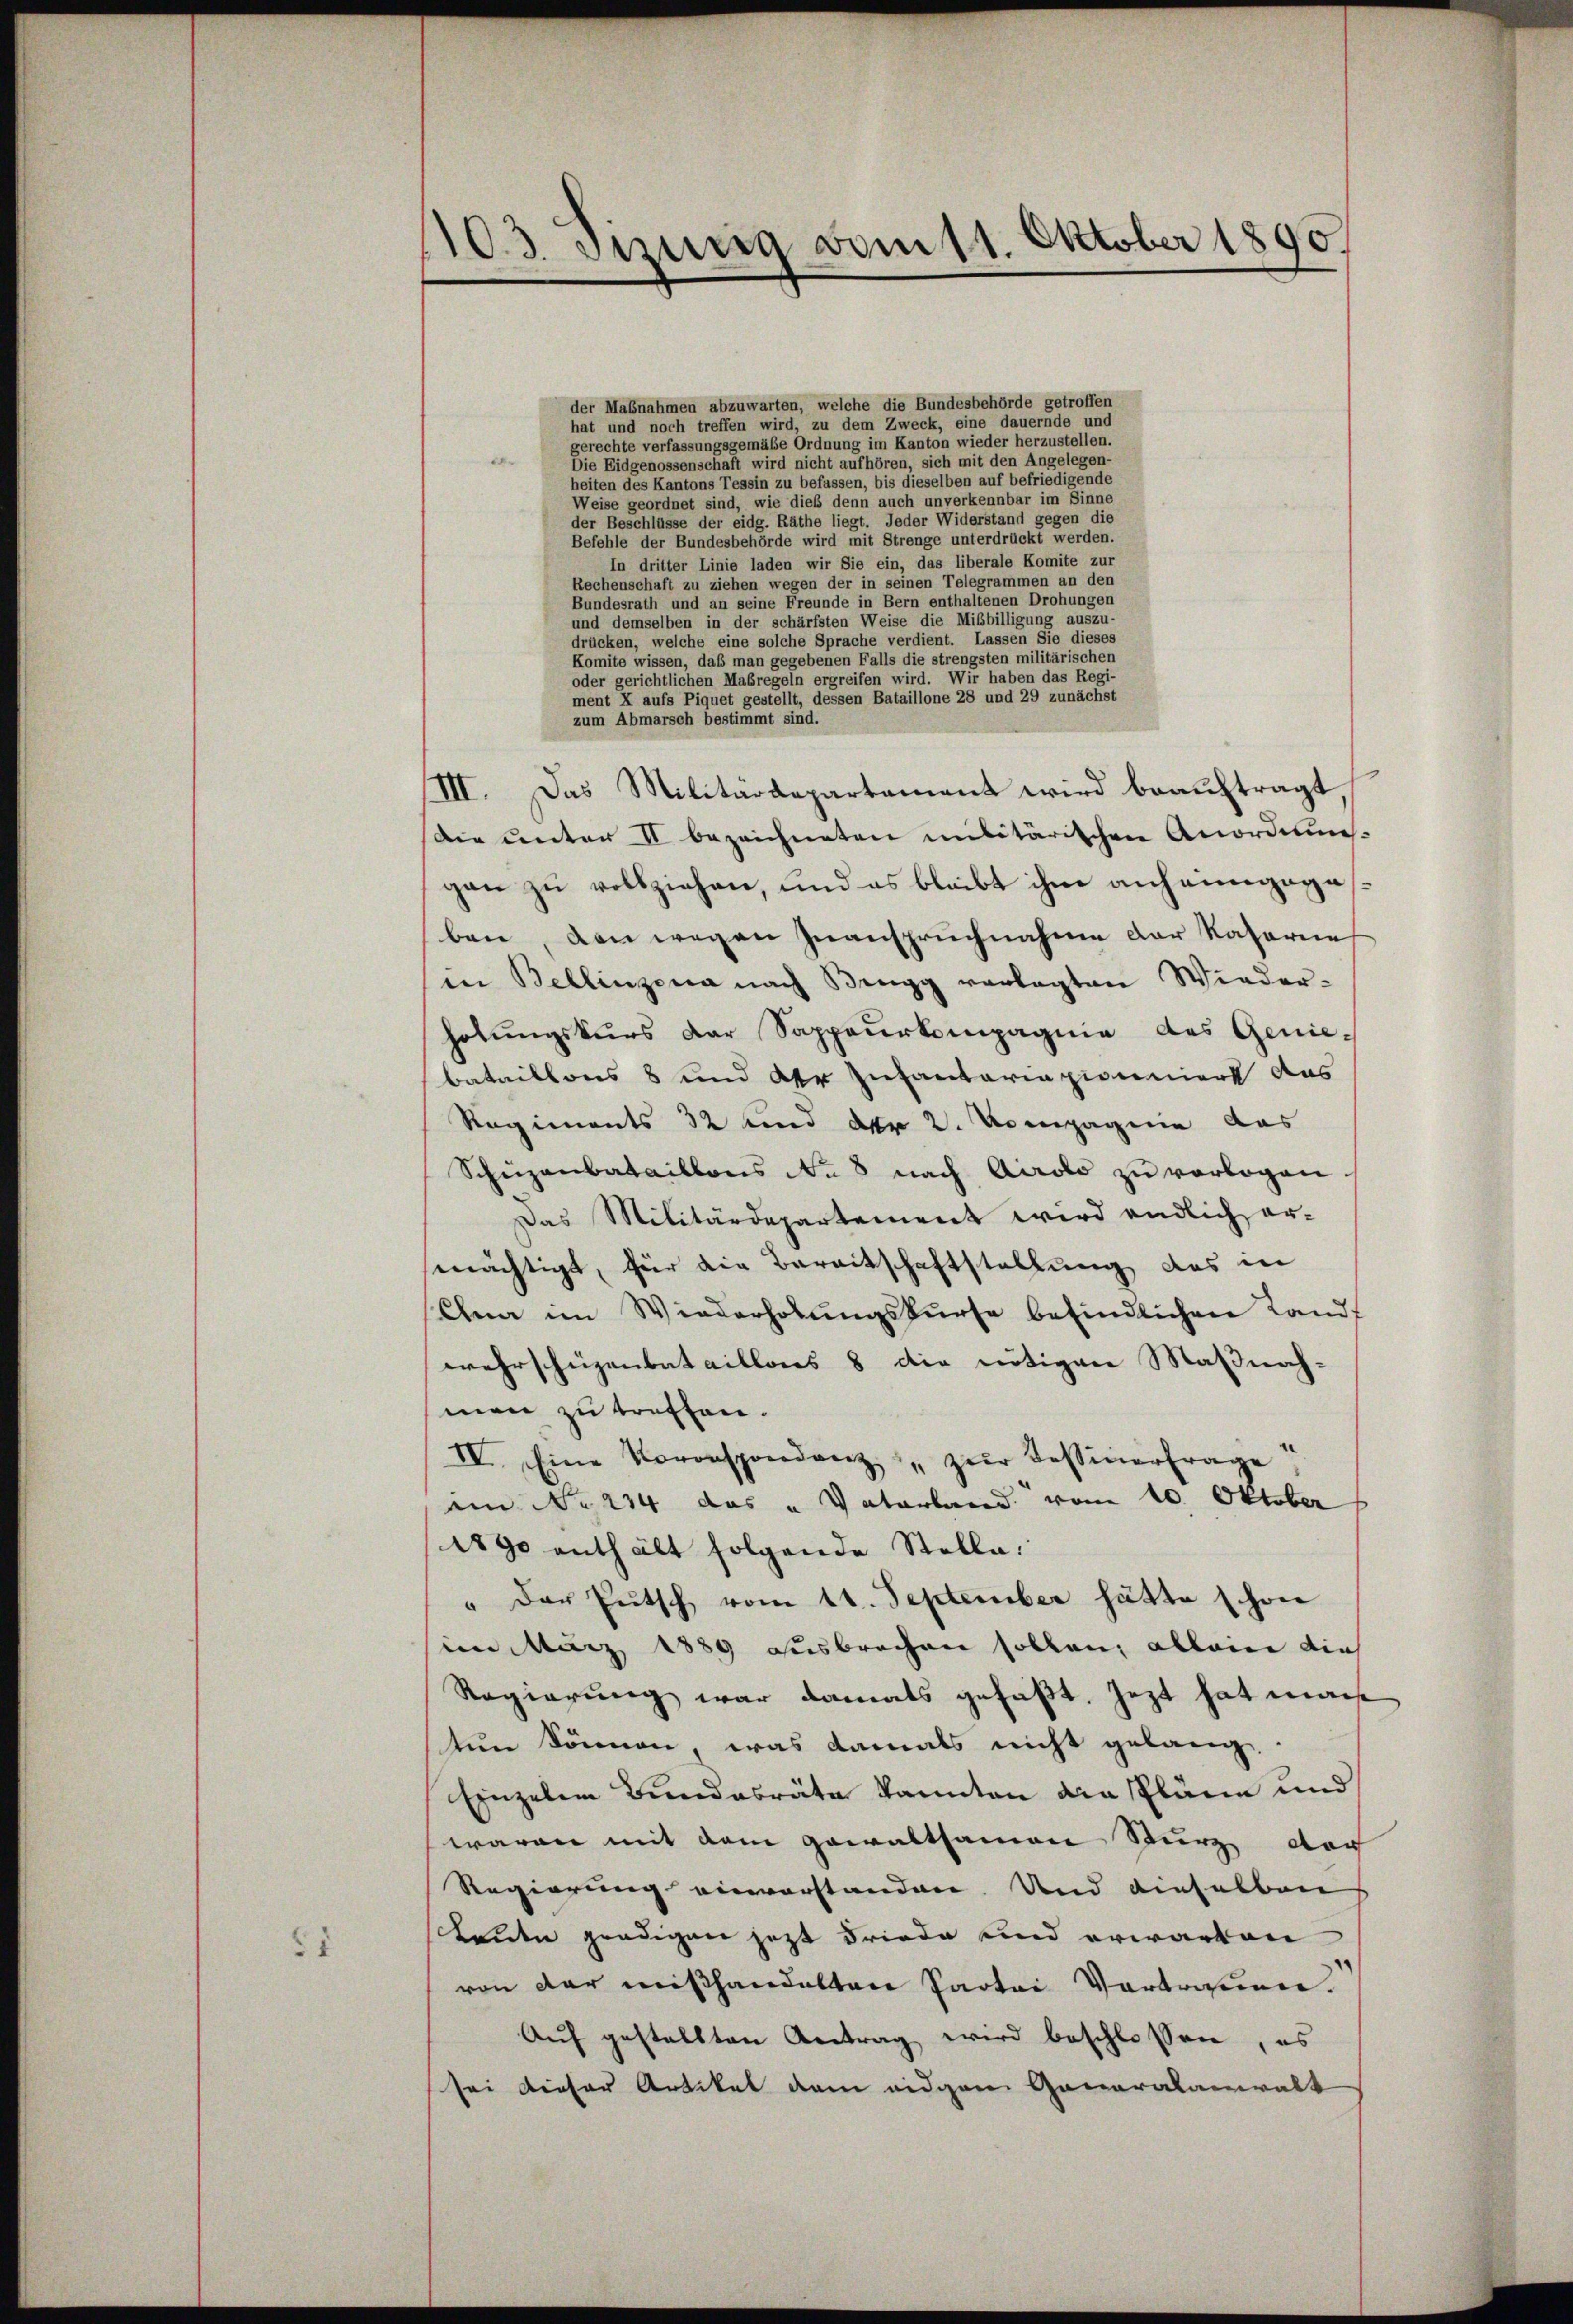
51

103. Suung vom 11. Oktober 1890.

der Mabnahmen abzuwarten, welche die Bundesbehörde getroffen
hat und noch treffen wird, zu dem Zweck, eine dauernde und
gerechte verfassungsgemäße Ordnung im Kanton wieder herzustellen.
e
Die Eidgenossenschaft wird nicht aufhören, sich mit den Angelegen-
heiten des Kantons Tessin zu befassen, bis dieselben auf befriedigende
Weise geordnet sind, wie dieß denn auch unverkennbar im Sinne
der Beschlüsse der eidg. Räthe liegt. Jeder Widerstand gegen die
Befehle der Bundesbehörde wird mit Strenge unterdrückt werden.
In dritter Linie laden wir Sie ein, das liberale Komite zur
Rechenschaft zu ziehen wegen der in seinen Telegrammen an den
Bundesrath und an seine Freunde in Bern enthaltenen Drohungen
und demselben in der schärfsten Weise die Mißbilligung auszu-
drücken, welche eine solche Sprache verdient. Lassen Sie dieses
Komite wissen, daß man gegebenen Falls die strengsten militärischen
oder gerichtlichen Maßregeln ergreifen wird. Wir haben das Regi-
ment X aufs Piquet gestellt, dessen Bataillone 28 und 29 zunächst
zum Abmarsch bestimmt sind.
/III. Das Militärdepartament wird beauftragt
Die unter II bezeichneten militärischen Anordnun
gen zu vollziehen, und es bleibt ihm anheimgagasben, den wegen Inanspruchnahme der Katarie
in Bellinzona nach Bregg vorlegten Wieder-
holungskurs der Sappeurkompagnie des Genie-
bataillons 8 und der Infantariazioniert des
Regiments 32 und der 2. Kompagnie das
Scheizenbataillons No 8 nach Airolo zu vorlogen.
Das Militärdepartement wird endlich er-
mächtigt, für die Bereitschaftstellung des in
Ana im Wiederholŭngskurse befindlichen Landwehrschüzenbataillons 8 die nötigen Maßnahmen zu treffen.
IV. Eine Vororspondenz " zur Tessinerfrage
ein No 214 das „Vaterland vom 10. Oktober
1890 enthält folgende Stelle,
" Der Gutsch vom 11. September hätte schon
im März 1889 ausbrechen sollen, allein dies
Regierung war damals gefaßt, jezt hat mach
tun können, was damals nicht gelang.
Einzelen Bundesräte kannten diaspläne und
waren mit dem gewaltsamen Sturz der
Regierung einverstanden. Und einhalben
beiden predigen jetzt Friede und erwarten
von der mißhandeltene Partei Vortragenen
Auf gestellten Antrag wird beschlossen, es
sei dieser Artikel dem eidgem Generalanwalt